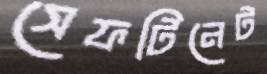
সেফটিনেট